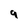
Character: q